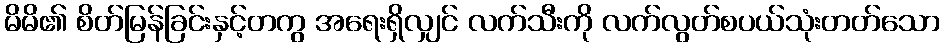
မိမိ၏ စိတ်မြန်ခြင်းနှင့်တကွ အရေးရှိလျှင် လက်သီးကို လက်လွတ်စပယ်သုံးတတ်သော